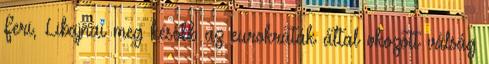
Feri, Libajnai meg később az eurokraták által okozott válság